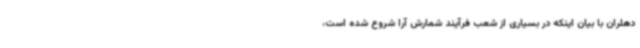
دهلران با بیان اینکه در بسیاری از شعب فرآیند شمارش آرا شروع شده است،